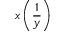
x \left( { \frac { 1 } { y } } \right)